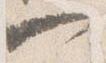
一